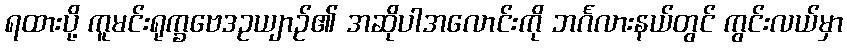
ရထားပို့ ကူမင်းရုက္ခဗေဒဥယျာဉ်၏ အဆိုပါအလောင်းကို ဘင်္ဂလားနယ်တွင် ကွင်းလယ်မှာ